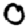
Digit: 0